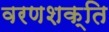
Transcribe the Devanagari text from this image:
वरणशक्ति